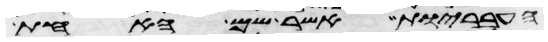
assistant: העבריות אשר שם האחת